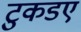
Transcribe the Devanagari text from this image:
टुकडए